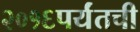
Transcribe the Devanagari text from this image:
२०१६पर्यंतची